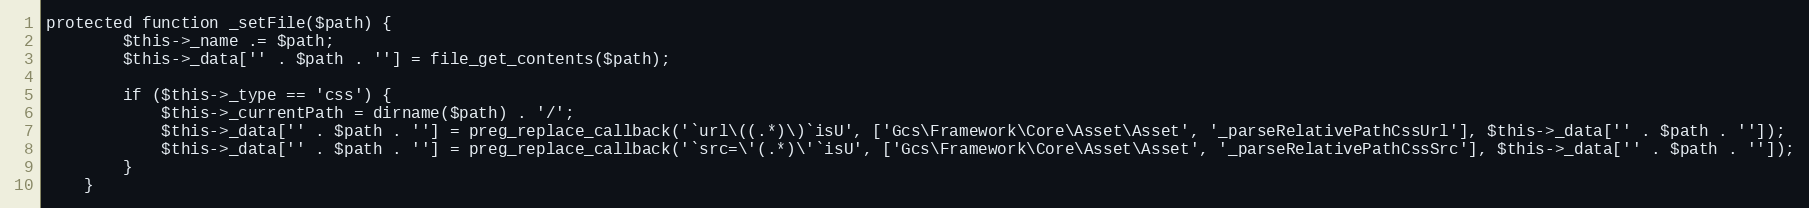
Language: PHP
protected function _setFile($path) {
        $this->_name .= $path;
        $this->_data['' . $path . ''] = file_get_contents($path);

        if ($this->_type == 'css') {
            $this->_currentPath = dirname($path) . '/';
            $this->_data['' . $path . ''] = preg_replace_callback('`url\((.*)\)`isU', ['Gcs\Framework\Core\Asset\Asset', '_parseRelativePathCssUrl'], $this->_data['' . $path . '']);
            $this->_data['' . $path . ''] = preg_replace_callback('`src=\'(.*)\'`isU', ['Gcs\Framework\Core\Asset\Asset', '_parseRelativePathCssSrc'], $this->_data['' . $path . '']);
        }
    }